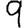
Digit: 9